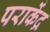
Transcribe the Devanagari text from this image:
पराकेंद्र